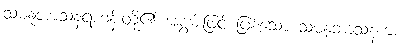
သမနုဘာသနရဟန်းတို့၏ အစွမ်းဖြင့် ဖြစ်သော သမနုဘာသနကံ၊